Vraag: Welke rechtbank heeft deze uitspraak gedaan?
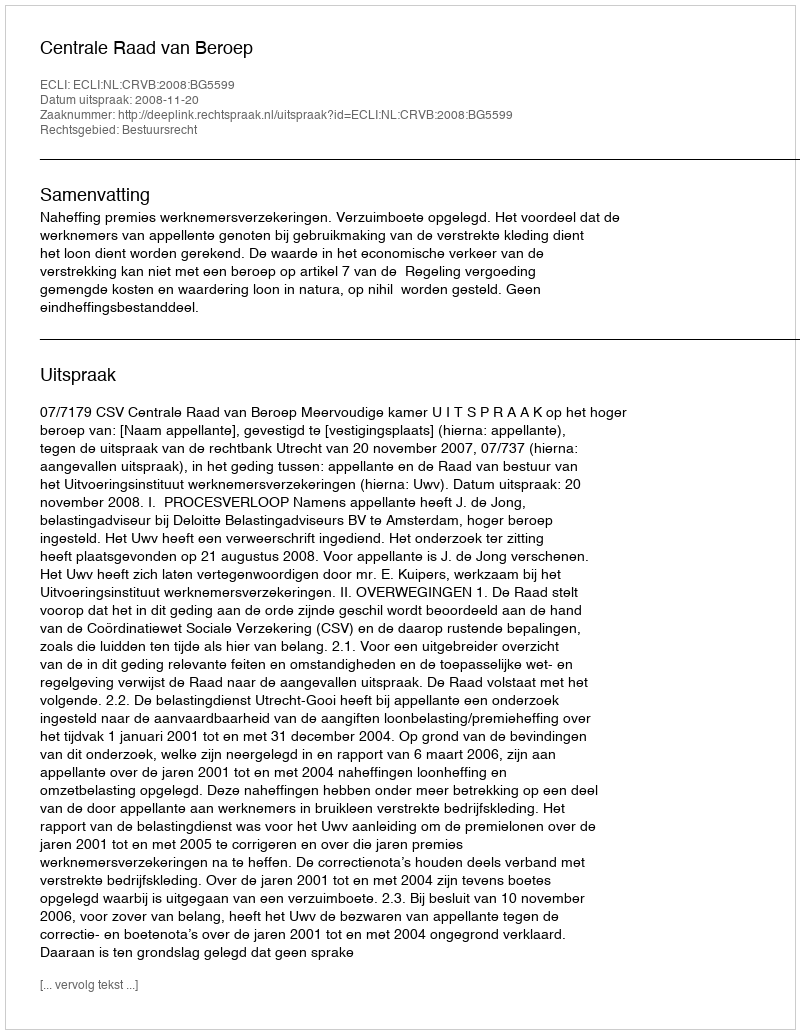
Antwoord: Centrale Raad van Beroep